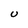
Character: u